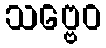
သဗ္ဗေဝ